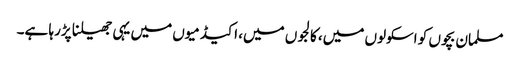
مسلمان بچوں کو اسکولوں میں، کالجوں میں، اکیڈمیوں میں یہی جھیلنا پڑرہا ہے۔